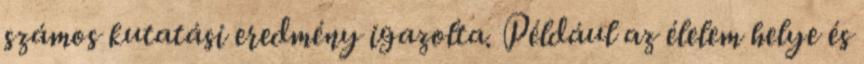
számos kutatási eredmény igazolta. Például az élelem helye és